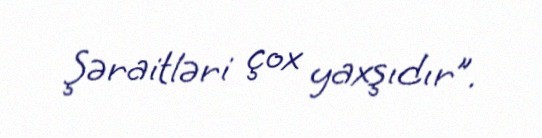
Şəraitləri çox yaxşıdır”.